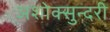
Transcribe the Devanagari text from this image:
अशोक्सुन्दरी